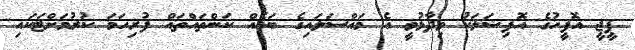
ޕީޖީ އޮފީހުގެ އޮފިޝަލަކު ވިދާޅުވީ އެ މައްސަލައިގެ ބައެއް ކަންތައްތައް ފުރިހަމަ ކުރުމަށްޓަކައި